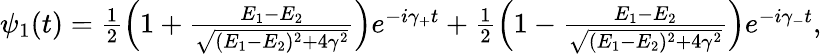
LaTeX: \begin{array}{r}{\psi_{1}(t)=\frac{1}{2}\left(1+\frac{E_{1}-E_{2}}{\sqrt{(E_{1}-E_{2})^{2}+4\gamma^{2}}}\right)e^{-i\gamma_{+}t}+\frac{1}{2}\left(1-\frac{E_{1}-E_{2}}{\sqrt{(E_{1}-E_{2})^{2}+4\gamma^{2}}}\right)e^{-i\gamma_{-}t},}\end{array}